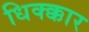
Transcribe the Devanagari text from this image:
धिक्क्कार